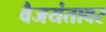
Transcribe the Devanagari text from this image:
वैजयंतावर